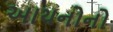
આયનોનો